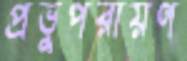
প্রভুপরায়ণ